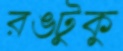
রঙটুকু